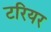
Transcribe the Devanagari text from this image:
टरियर